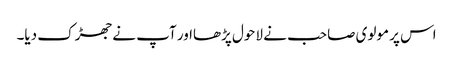
اس پر مولوی صاحب نے لاحول پڑھااور آپ نے جھڑک دیا۔